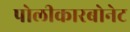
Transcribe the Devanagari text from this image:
पोलीकारबोनेट